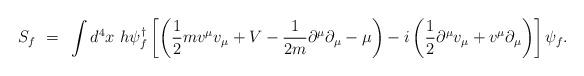
LaTeX: \begin{align*}S_f~=~ \int d^4 x~h \psi_f^{\dagger} \left[ \left( \frac{1}{2} mv^{\mu} v_{\mu}+ V - \frac{1}{2m} \partial^{\mu} \partial_{\mu} - \mu \right) - i \left(\frac{1}{2} \partial^{\mu} v_{\mu} + v^{\mu} \partial_{\mu} \right) \right]\psi_f .\end{align*}